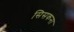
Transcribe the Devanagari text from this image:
सिसकना